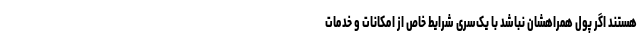
هستند اگر پول همراهشان نباشد با یک‌سری شرایط خاص از امکانات و خدمات